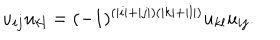
LaTeX: u _ { i j } u _ { k l } = ( - 1 ) ^ { ( | i | + | j | ) ( | k | + | l | ) } u _ { k l } u _ { i j } .